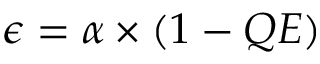
\epsilon = \alpha \times ( 1 - Q E )